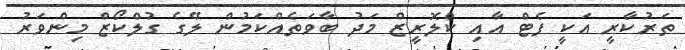
ތަރުކާރީ އަކީ ފެޓް އާއި ކްލޮރީޒް މަދު ބާވަތެއްކަމުން ލޭގެ ގުލްކޯޒް މިންވަރު